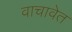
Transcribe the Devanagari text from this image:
वाचावेत